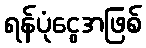
ရန်ပုံငွေအဖြစ်